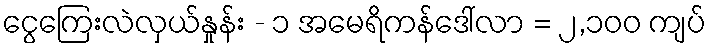
ငွေကြေးလဲလှယ်နှုန်း - ၁ အမေရိကန်ဒေါ်လာ = ၂,၁၀၀ ကျပ်